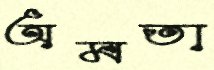
অমতা